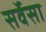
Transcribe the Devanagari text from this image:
सर्वेसा